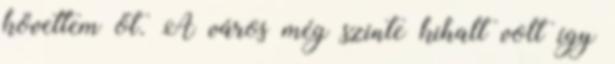
követtem őt. A város még szinte kihalt volt így